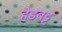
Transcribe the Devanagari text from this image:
हेडबट्ट